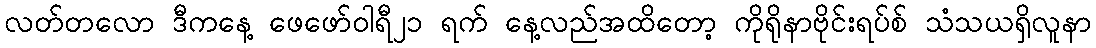
လတ်တလော ဒီကနေ့ ဖေဖော်ဝါရီ၂၁ ရက် နေ့လည်အထိတော့ ကိုရိုနာဗိုင်းရပ်စ် သံသယရှိလူနာ